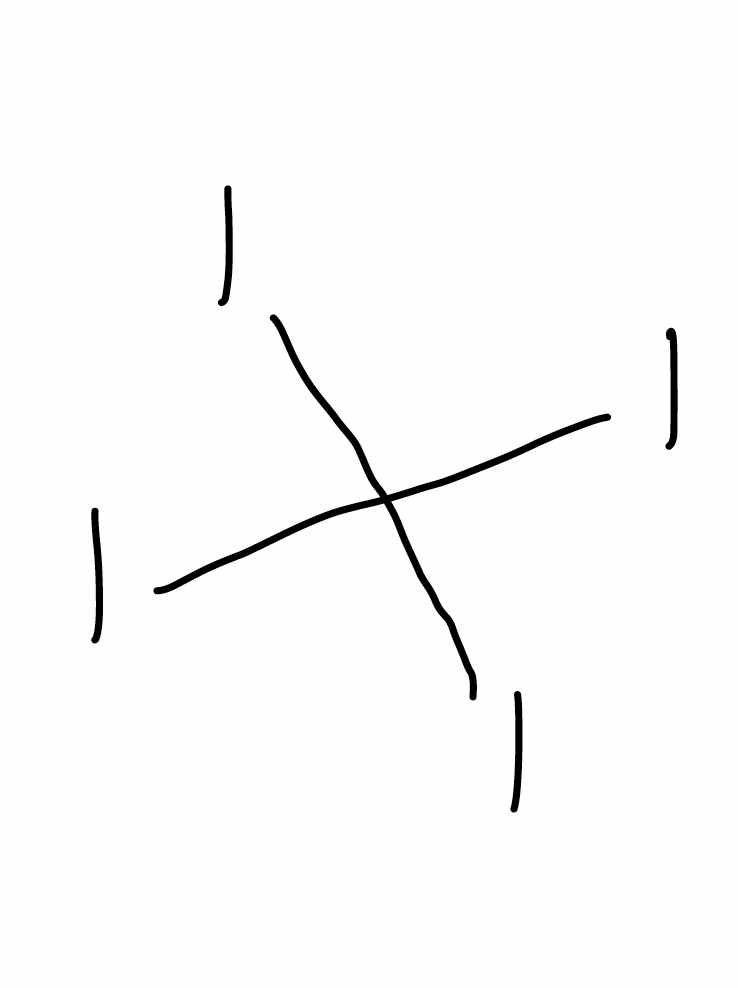
Simplified molecular-input line-entry system (SMILES) notation of the given molecule:
C(I)(I)(I)I